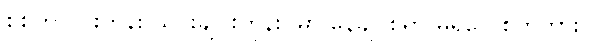
စစ်တလင်းကုန်း သင်းချိုင်းကုန်းပမာ နေချင်စရာ မရှိလေစွတကား။